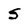
Character: S